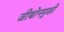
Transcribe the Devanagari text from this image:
जीबोनमुखी